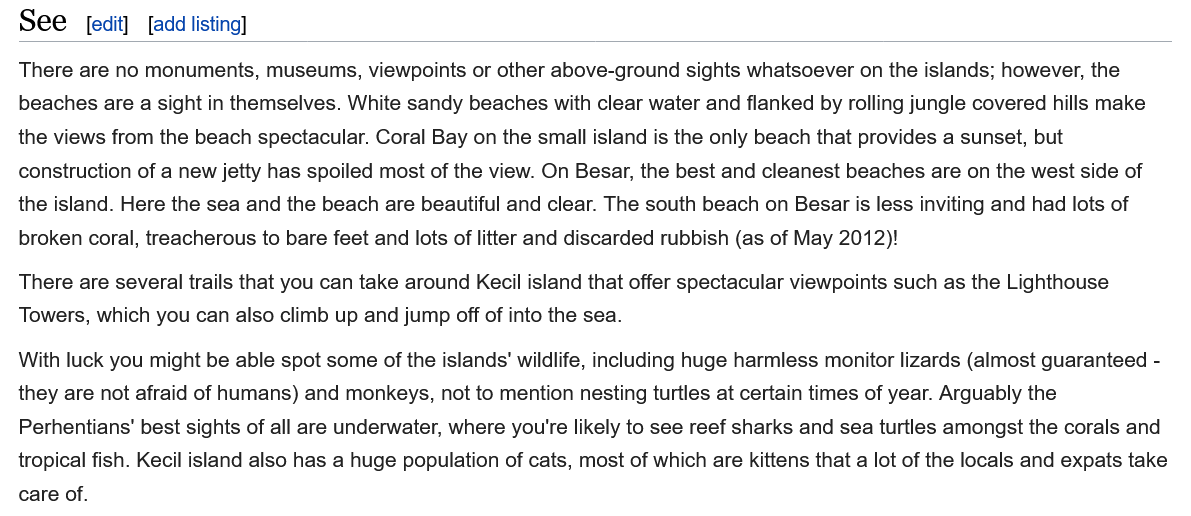
There are several trails that you can take around Kecil island that offer spectacular viewpoints such as the Lighthouse
  Towers, which you can also climb up and jump off of into the sea.
  There are no monuments, museums, viewpoints or other above-ground sights whatsoever on the islands; however, the
  beaches are a sight in themselves. White sandy beaches with clear water and flanked by rolling jungle covered hills make
  the views from the beach spectacular. Coral Bay on the small island is the only beach that provides a sunset, but
  construction of a new jetty has spoiled most of the view. On Besar, the best and cleanest beaches are on the west side of
  the island. Here the sea and the beach are beautiful and clear. The south beach on Besar is less inviting and had lots of
  broken coral, treacherous to bare feet and lots of litter and discarded rubbish (as of May 2012)!
  With luck you might be able spot some of the islands’ wildlife, including huge harmless monitor lizards (almost guaranteed -
  they are not afraid of humans) and monkeys, not to mention nesting turtles at certain times of year. Arguably the
  Perhentians' best sights of all are underwater, where you're likely to see reef sharks and sea turtles amongst the corals and
  tropical fish. Kecil island also has a huge population of cats, most of which are kittens that a lot of the locals and expats take
  care of.
  See    [edit] [add listing]